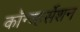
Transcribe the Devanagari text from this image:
कॉन्व्हर्सेशन